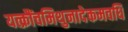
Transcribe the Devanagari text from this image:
यत्क्रौंचमिथुनादेकमवधि